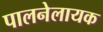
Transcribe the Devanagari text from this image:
पालनेलायक